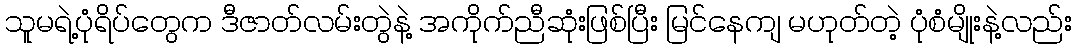
သူမရဲ့ပုံရိပ်တွေက ဒီဇာတ်လမ်းတွဲနဲ့ အကိုက်ညီဆုံးဖြစ်ပြီး မြင်နေကျ မဟုတ်တဲ့ ပုံစံမျိုးနဲ့လည်း